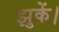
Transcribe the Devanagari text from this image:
झुकें।